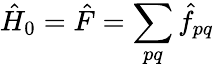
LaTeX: \hat{H}_{0}=\hat{F}=\sum_{pq}\hat{f}_{pq}